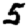
Digit: 5